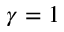
\gamma = 1